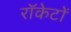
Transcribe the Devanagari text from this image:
राॅकेटों